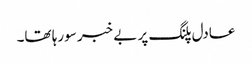
عادل پلنگ پر بے خبر سورہا تھا۔